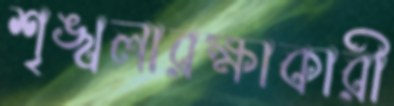
শৃঙ্খলারক্ষাকারী